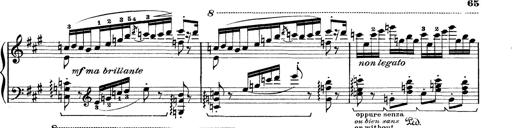
Title: Rapsodie: 19 ungheresi, 1 spagnuola
Composer: Franz Liszt